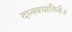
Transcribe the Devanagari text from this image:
दानवघातिनी॥